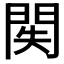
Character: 𨳺